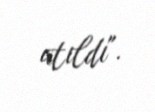
atıldı".